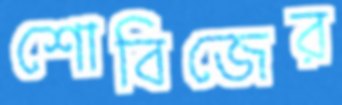
শোবিজের